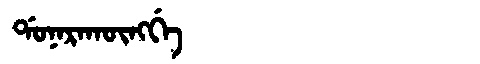
Manchu: ᡩᠣᠨᠠᡵᠠᡴᡡᠩᡤᡝ
Romanization: DONARAKŪNGGE